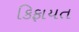
કિફાયત